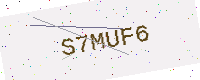
Text: S7MUF6